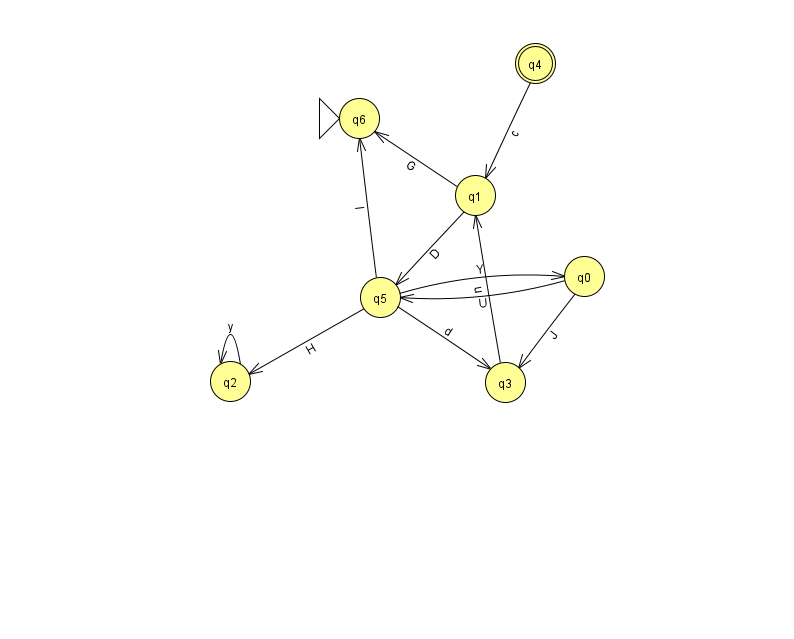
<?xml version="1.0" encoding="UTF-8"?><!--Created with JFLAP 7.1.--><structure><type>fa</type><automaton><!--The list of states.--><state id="0" name="q0"><x>584.0</x><y>263.0</y></state><state id="1" name="q1"><x>475.0</x><y>182.0</y></state><state id="2" name="q2"><x>230.0</x><y>368.0</y></state><state id="3" name="q3"><x>505.0</x><y>369.0</y></state><state id="4" name="q4"><x>535.0</x><y>50.0</y><final/></state><state id="5" name="q5"><x>380.0</x><y>284.0</y></state><state id="6" name="q6"><x>359.0</x><y>105.0</y><initial/></state><!--The list of transitions.--><transition><from>5</from><to>0</to><read>Y</read></transition><transition><from>1</from><to>5</to><read>D</read></transition><transition><from>5</from><to>2</to><read>H</read></transition><transition><from>1</from><to>6</to><read>G</read></transition><transition><from>3</from><to>1</to><read>u</read></transition><transition><from>2</from><to>2</to><read>y</read></transition><transition><from>5</from><to>3</to><read>d</read></transition><transition><from>4</from><to>1</to><read>c</read></transition><transition><from>5</from><to>6</to><read>l</read></transition><transition><from>0</from><to>5</to><read>U</read></transition><transition><from>0</from><to>3</to><read>J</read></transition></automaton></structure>